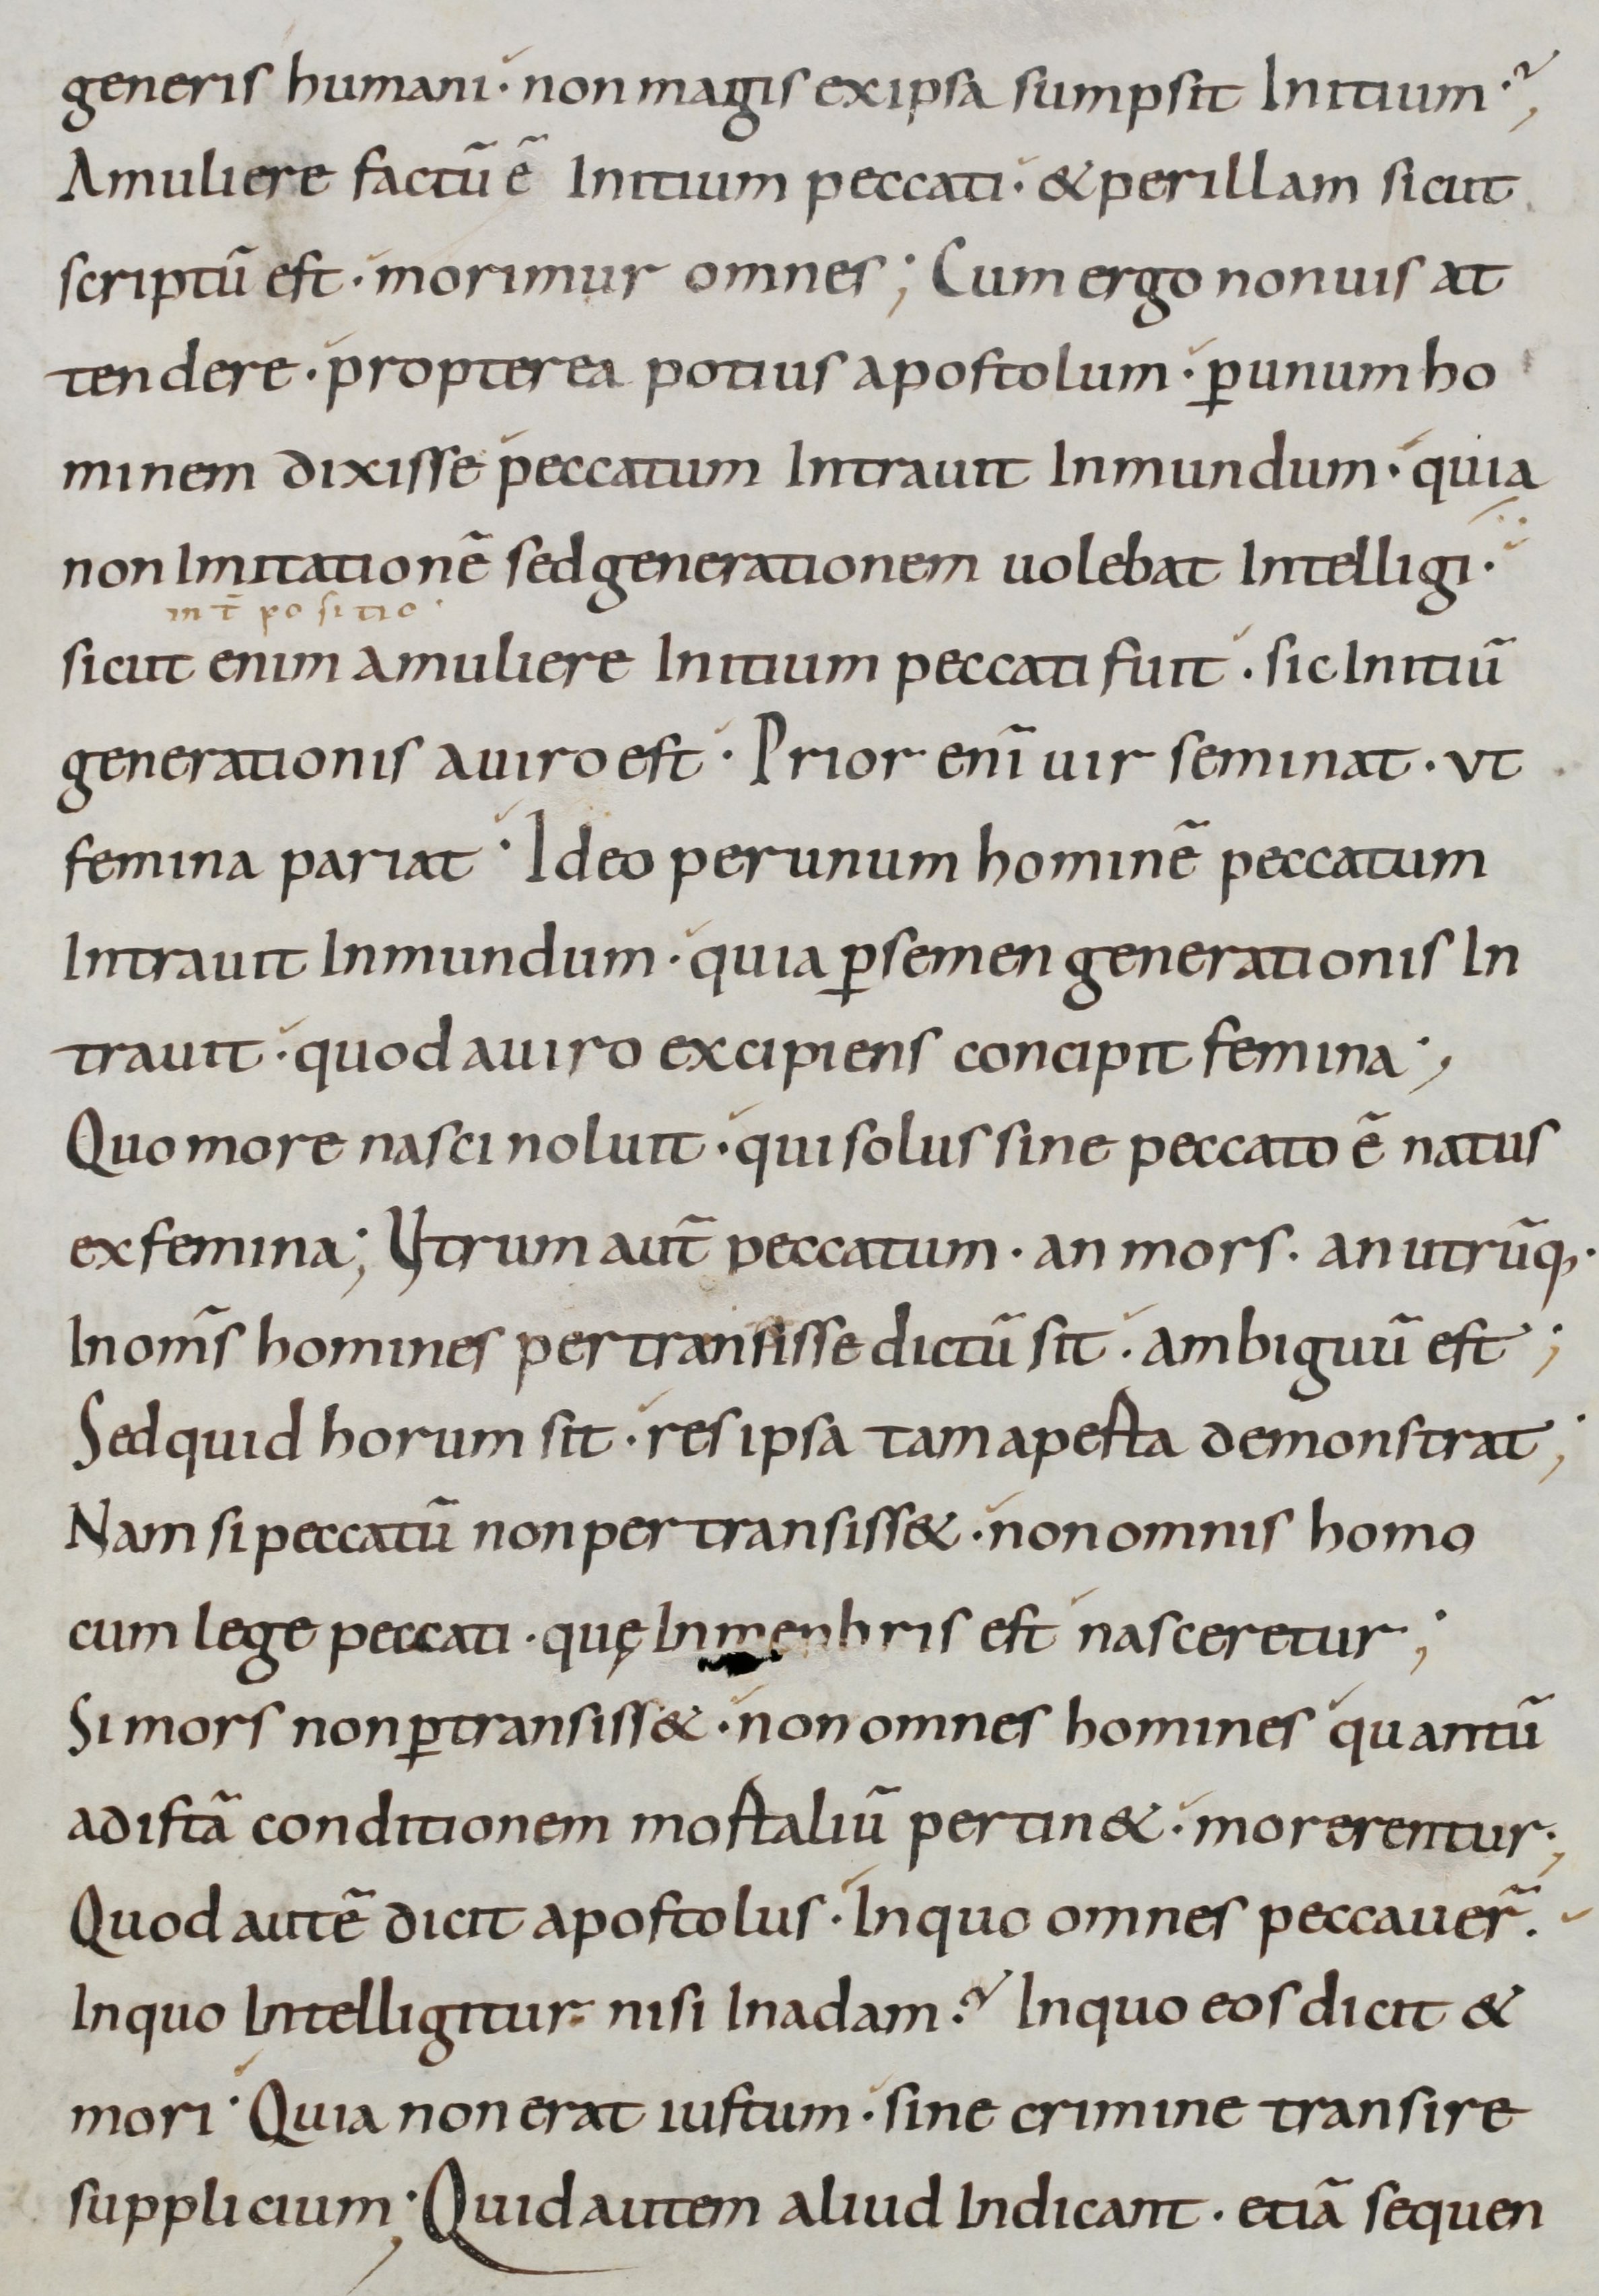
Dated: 800–899